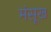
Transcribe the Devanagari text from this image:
मंसूख